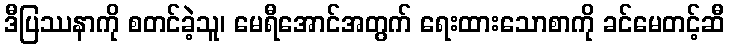
ဒီပြဿနာကို စတင်ခဲ့သူ၊ မေရီအောင်အတွက် ရေးထားသောစာကို ခင်မေတင့်ဆီ